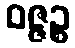
ဝဇ္ဇဉ္စ